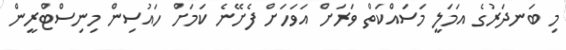
މި ބަނދަރުގެ އަމަލީ މަސައްކަތް ވަރަށް އަވަހަށް ފެށޭނެ ކަމަށް ހައުސިން މިނިސްޓްރީން